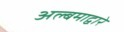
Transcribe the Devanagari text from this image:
अल्बमाद्वारे